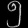
Digit: ၅